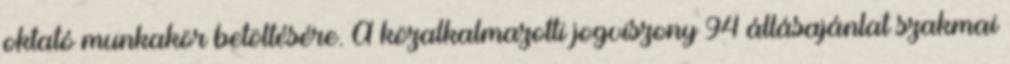
oktató munkakör betöltésére. A közalkalmazotti jogviszony 94 állásajánlat szakmai